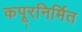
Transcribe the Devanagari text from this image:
कपूरनिर्मित